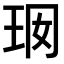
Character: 𤤢